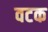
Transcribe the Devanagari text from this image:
वटक